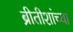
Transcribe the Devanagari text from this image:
ब्रीतीशांच्या